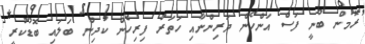
ރޮމުން ބުނީ ފަސް އަންހެން ދަރިންނާއި ހަތަރު ފިރިހެން ކުދިން ބަލައި ބޮޑުކުރީ